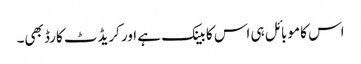
اس کا موبائل ہی اس کا بینک ہے اور کریڈٹ کارڈ بھی۔